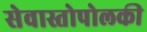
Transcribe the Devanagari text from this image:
सेवास्तोपोलकी